Report on the bubonic plague in Bombay, 1896-1897
Year: 1896
Disease focus: Plague
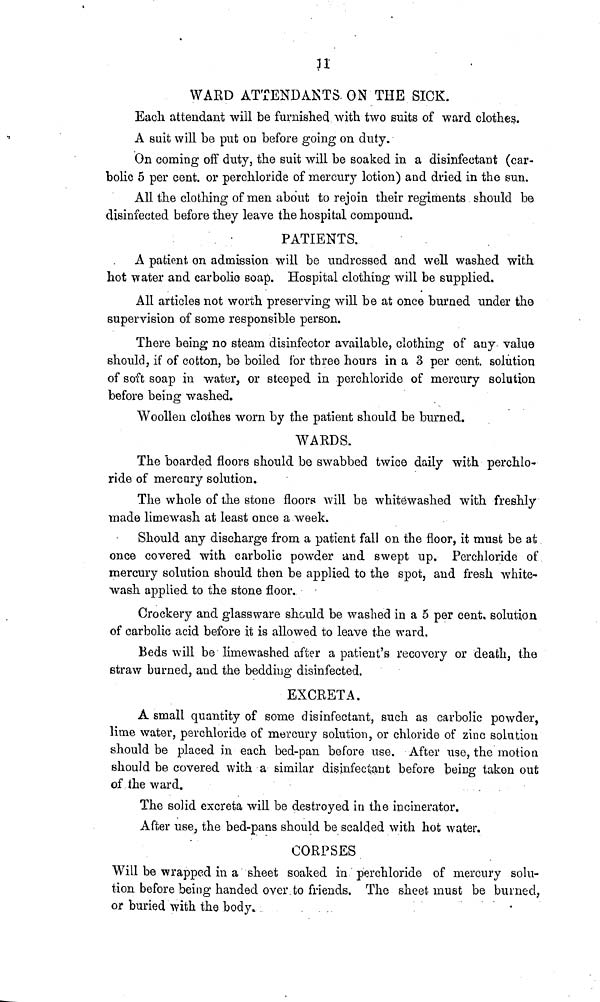
11
WARD ATTENDANTS. ON THE SICK.
Each attendant will be furnished with two suits of ward clothes.
A suit will be put on before going on duty.
On coming off duty, the suit will be soaked in a disinfectant (car-
bolic 5 per cent, or perchloride of mercury lotion) and dried in the sun.
All the clothing of men about to rejoin their regiments should be
disinfected before they leave the hospital compound.
PATIENTS.
A patient on admission will be undressed and well washed with
hot water and carbolic soap. Hospital clothing will be supplied.
All articles not worth preserving will be at once burned under the
supervision of some responsible person.
There being no steam disinfector available, clothing of any value
should, if of cotton, be boiled for three hours in a 3 per cent, solution
of soft soap in water, or steeped in perchloride of mercury solution
before being washed.
Woollen clothes worn by the patient should be burned.
WARDS.
The boarded floors should be swabbed twice daily with perchlo-
ride of mercury solution.
The whole of the stone floors will be whitewashed with freshly
made limewash at least once a week.
Should any discharge from a patient fall on the floor, it must be at
once covered with carbolic powder and swept up. Perchloride of
mercury solution should then be applied to the spot, and fresh white-
wash applied to the stone floor.
Crockery and glassware should be washed in a 5 per cent, solution
of carbolic acid before it is allowed to leave the ward.
Beds will be limewashed after a patient's recovery or death, the
straw burned, and the bedding disinfected.
EXCRETA.
A small quantity of some disinfectant, such as carbolic powder,
lime water, perchloride of mercury solution, or chloride of zinc solution
should be placed in each bed-pan before use. After use, the motion
should be covered with a similar disinfectant before being taken out
of the ward.
The solid excreta will be destroyed in the incinerator.
After use, the bed-pans should be scalded with hot water.
CORPSES
Will be wrapped in a sheet soaked in perchloride of mercury solu-
tion before being handed over to friends. The sheet must be burned,
or buried with the body.